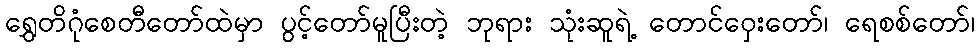
ရွှေတိဂုံစေတီတော်ထဲမှာ ပွင့်တော်မူပြီးတဲ့ ဘုရား သုံးဆူရဲ့ တောင်ဝှေးတော်၊ ရေစစ်တော်၊